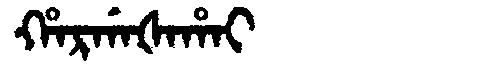
Manchu: ᡥᠠᡵᡤᠠᡧᠠᡥᠠᡳ
Romanization: HARGAŠAHAI